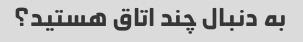
به دنبال چند اتاق هستید؟